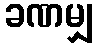
ခဏမျှ